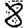
Digit: 8